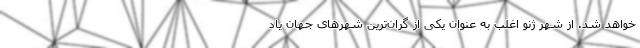
خواهد شد. از شهر ژنو اغلب به عنوان یکی از گران‌ترین شهرهای جهان یاد